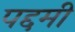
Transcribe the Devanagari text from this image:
पद्दमी